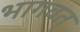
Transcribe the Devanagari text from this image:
भागवत्‌